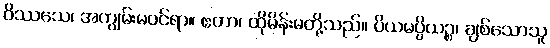
ဝိဿသေ၊ အကျွမ်းမဝင်ရာ။ ဧတာ၊ ထိုမိန်းမတို့သည်။ ပိယမပ္ပိယဉ္စ၊ ချစ်သောသူ